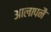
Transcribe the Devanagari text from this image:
आलापनै